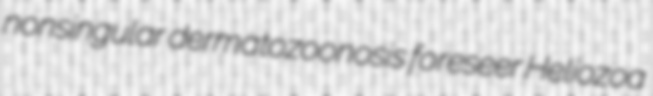
nonsingular dermatozoonosis foreseer Heliozoa